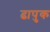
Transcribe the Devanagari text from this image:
ढापुक